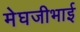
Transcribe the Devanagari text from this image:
मेघजीभाई